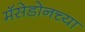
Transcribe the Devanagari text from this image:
मॅसेडोनच्या